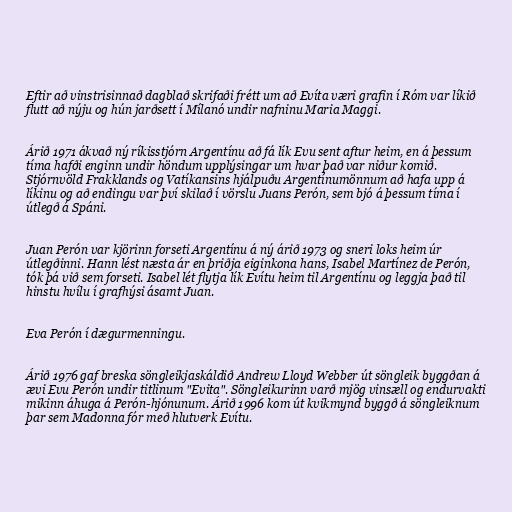
Eftir að vinstrisinnað dagblað skrifaði frétt um að Evíta væri grafin í Róm var líkið
flutt að nýju og hún jarðsett í Mílanó undir nafninu Maria Maggi.

Árið 1971 ákvað ný ríkisstjórn Argentínu að fá lík Evu sent aftur heim, en á þessum
tíma hafði enginn undir höndum upplýsingar um hvar það var niður komið.
Stjórnvöld Frakklands og Vatíkansins hjálpuðu Argentínumönnum að hafa upp á
líkinu og að endingu var því skilað í vörslu Juans Perón, sem bjó á þessum tíma í
útlegð á Spáni.

Juan Perón var kjörinn forseti Argentínu á ný árið 1973 og sneri loks heim úr
útlegðinni. Hann lést næsta ár en þriðja eiginkona hans, Isabel Martínez de Perón,
tók þá við sem forseti. Isabel lét flytja lík Evítu heim til Argentínu og leggja það til
hinstu hvílu í grafhýsi ásamt Juan.

Eva Perón í dægurmenningu.

Árið 1976 gaf breska söngleikjaskáldið Andrew Lloyd Webber út söngleik byggðan á
ævi Evu Perón undir titlinum "Evita". Söngleikurinn varð mjög vinsæll og endurvakti
mikinn áhuga á Perón-hjónunum. Árið 1996 kom út kvikmynd byggð á söngleiknum
þar sem Madonna fór með hlutverk Evítu.